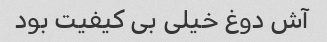
آش دوغ خیلی بی کیفیت بود